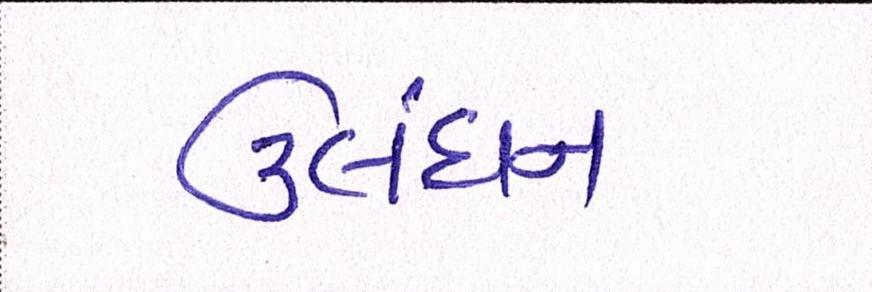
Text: ઉલંઘન